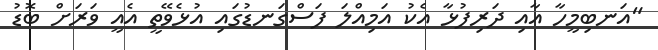
"އަނބިމީހާ އާއި ދަރިފުޅާ އެކު އަމިއްލަ ފަސްގަނޑުގައި އުޅެވޭތީ އެއީ ވަރަށް ބޮޮޑު